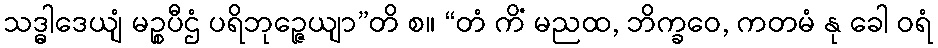
သဒ္ဓါဒေယျံ မဉ္စပီဌံ ပရိဘုဉ္ဇေယျာ”တိ စ။ “တံ ကိံ မညထ, ဘိက္ခဝေ, ကတမံ နု ခေါ ဝရံ